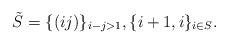
LaTeX: \begin{align*} \tilde{S}=\{(ij)\}_{i-j>1},\{i+1,i\}_{i\in S}. \end{align*}